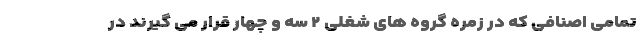
تمامی اصنافی که در زمره گروه های شغلی ۲ سه و چهار قرار می گیرند در